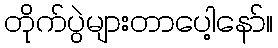
တိုက်ပွဲများတာပေါ့နော်။